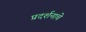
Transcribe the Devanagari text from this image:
प्रदर्शनाचे